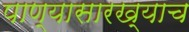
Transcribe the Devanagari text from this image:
पाण्यासारख्याच